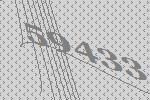
59433